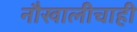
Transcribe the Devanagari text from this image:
नौखालीचाही